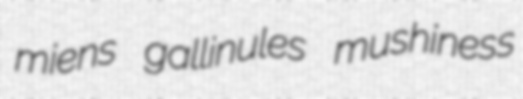
miens gallinules mushiness